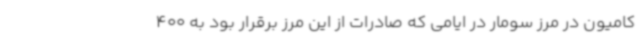
کامیون در مرز سومار در ایامی که صادرات از این مرز برقرار بود به 400